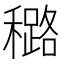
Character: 𰨼